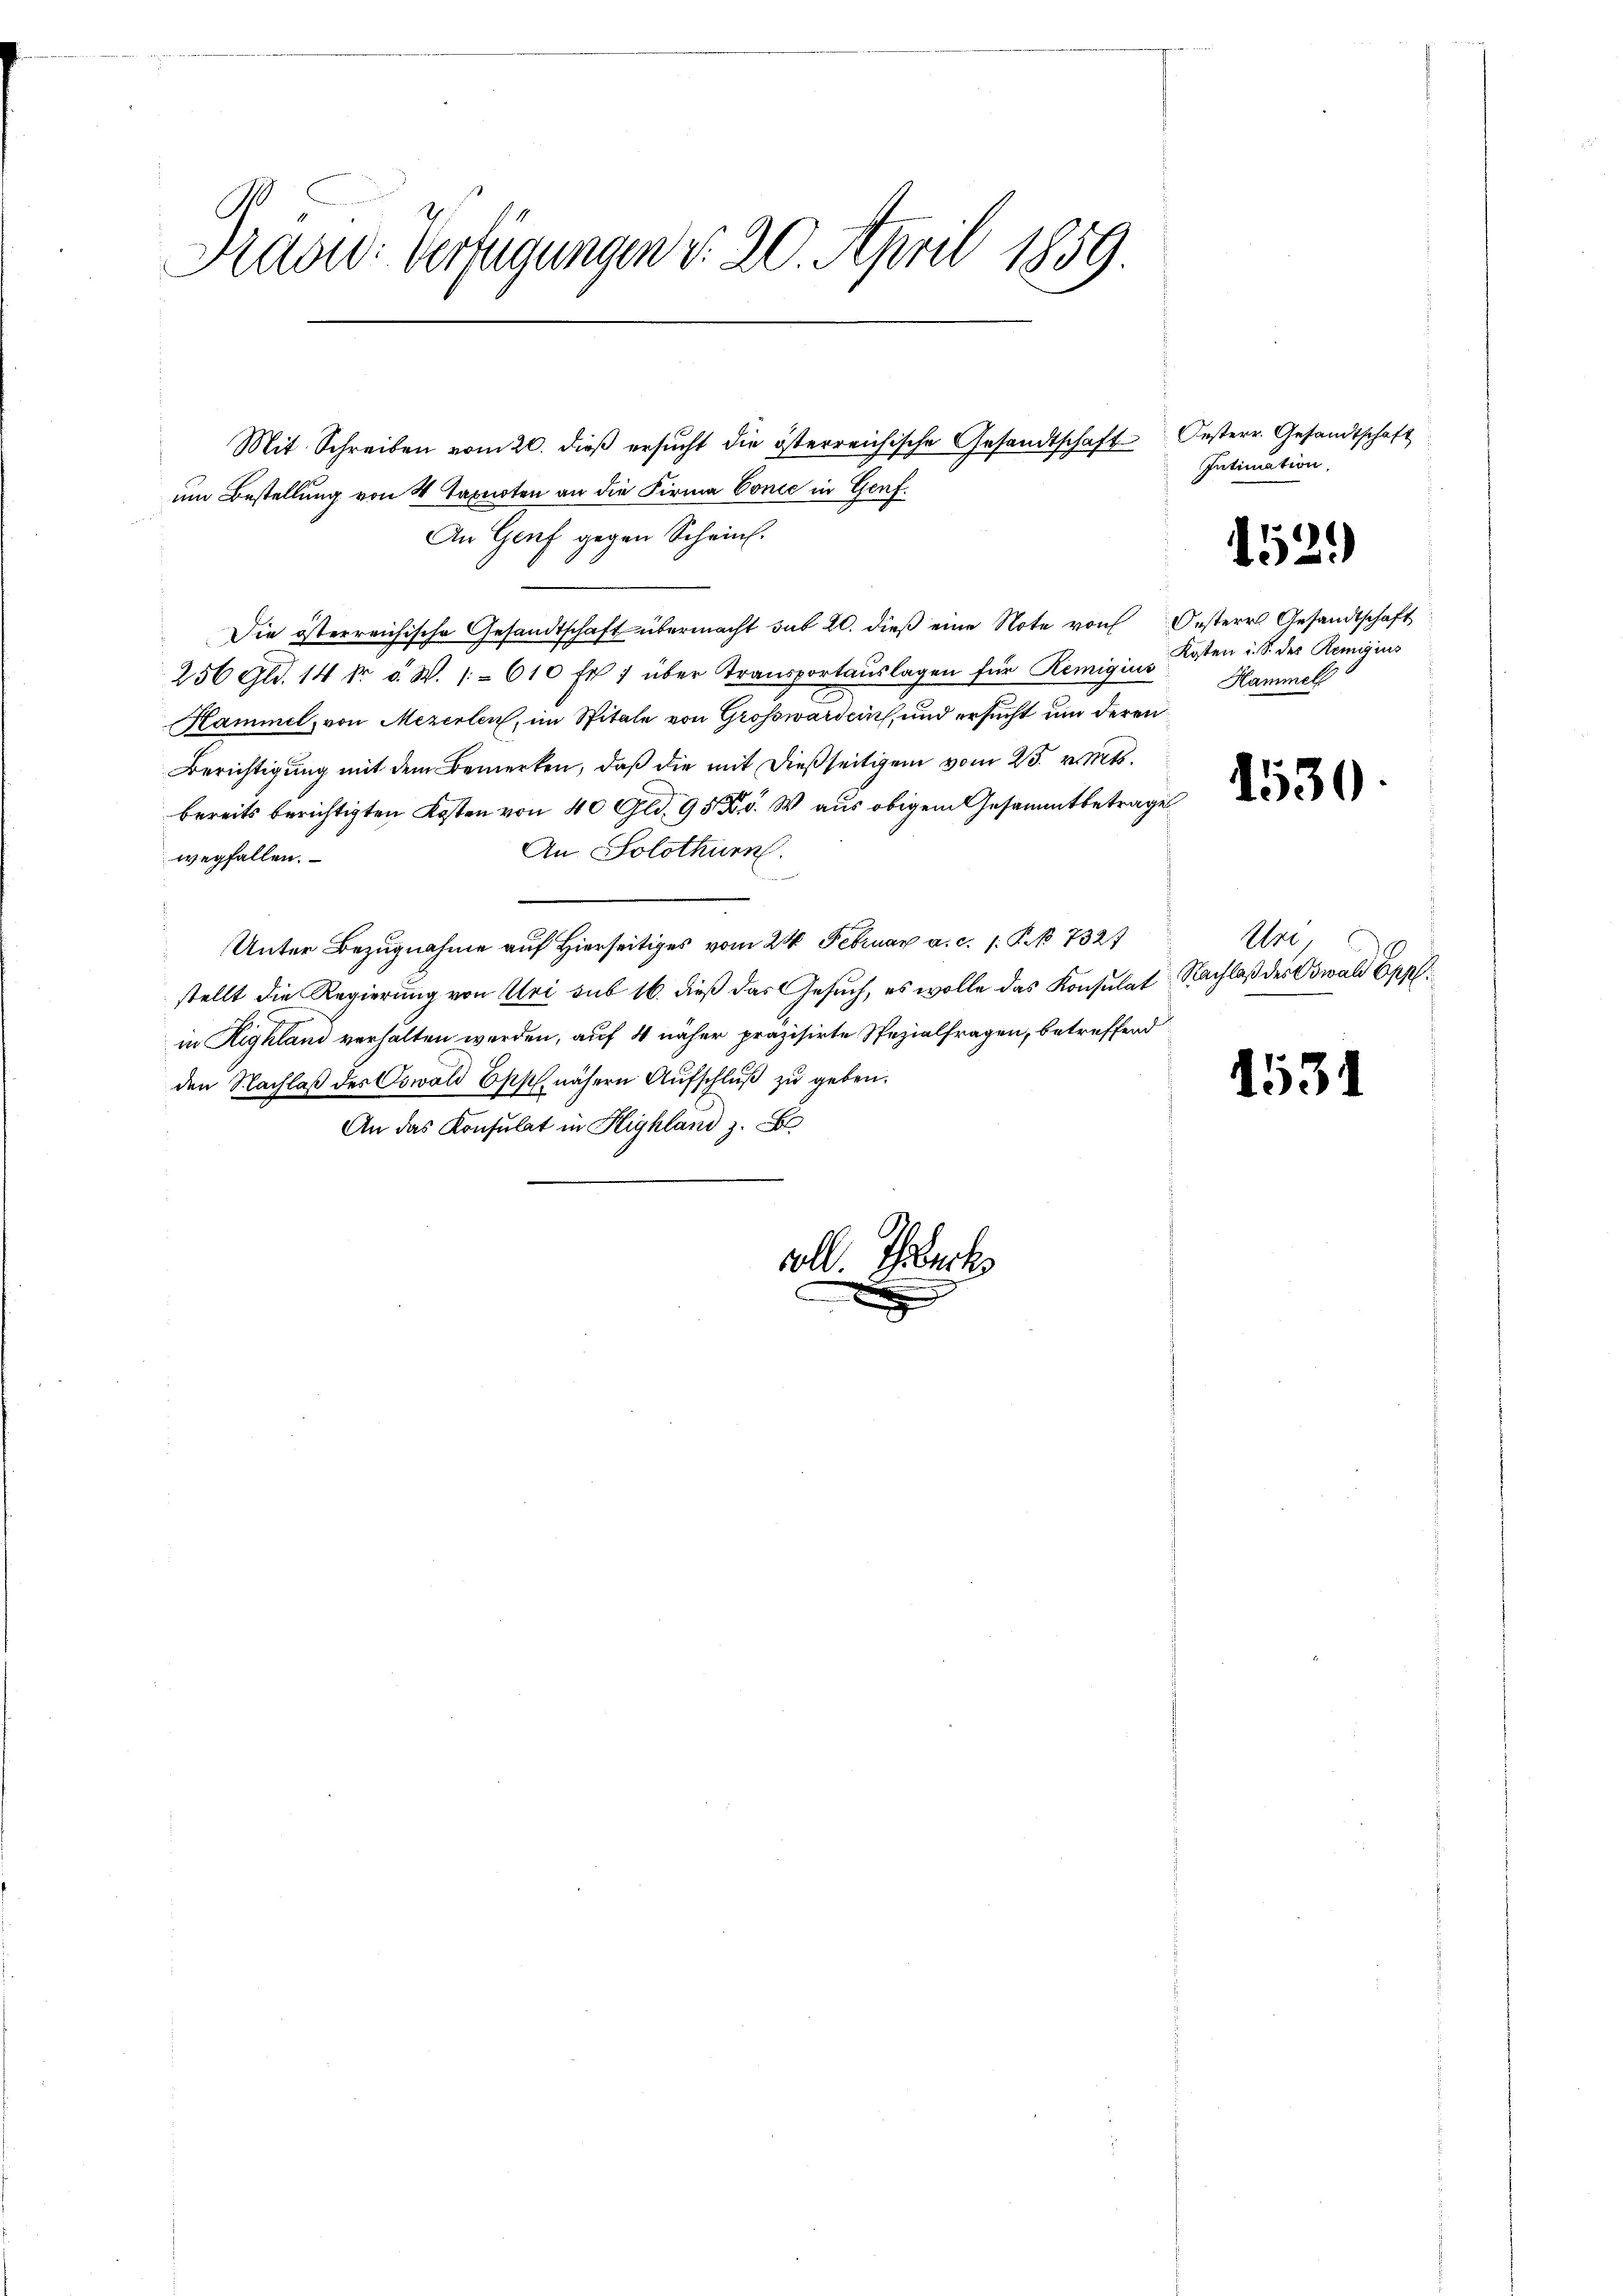
Präsid. Verfügungen v. 20. April 1859.

um Bestellung von 4 Taguoten an die Firma Conić in Genf.
An Genf gegen Schein.
Die österreichische Gesandtschaft übermacht sub 20. dieβ eine Note von Oesteres Gesandtschaft
256 Gld. 14 fr. a. W. 1610 fr. 1 über Transportauslagen für Remigius
Hammel, von Mezerlen, im Spitale von Grosswarden, und ersucht um deren
Berichtigung mit dem Bemerken, daß die mit dießseitigen vom 25. v. Mts.
bereits berichtigten Kosten von 40 Gld. 950. W. aus obigem Gesammtbetrage
An Solothurn.
wegfallen.
.
Unter Bezugnahme auf Hierseitiges vom 24. Februar a. c. 1. P. No 7327
stellt die Regierung von Uri sub 16. dieß das Gesuch, es wolle das Konsulat Nachlaß des Oswald Eppl
in Highland verhalten werden, auf 4 näher präzisirte Spezialfragen, betreffend
den Nachlaß des Oswald Oppl nähern Aufschluß zu geben.
An das Konsulat in Highland z. B

Mit Schreiben vom 20. dieβ ersŭcht die österreichische Gesandtschaft Oesterr. Gesandtschaft

voll. Ehrbeck
x

Intimation.

1529

Kosten i. S. des Remigius
Hammel

1530.

Wre

1531